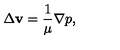
\Delta { \bf v } = \frac { 1 } { \mu } \nabla p ,